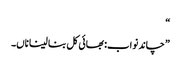
“
”چاند نواب: بھائی کل بنا لینا ناں۔